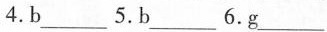
4.b___ 5.b___ 6.g___